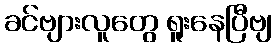
ခင်ဗျားလူတွေ ရူးနေပြီဗျ